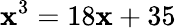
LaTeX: \mathbf{x}^{3}=18\mathbf{x}+35